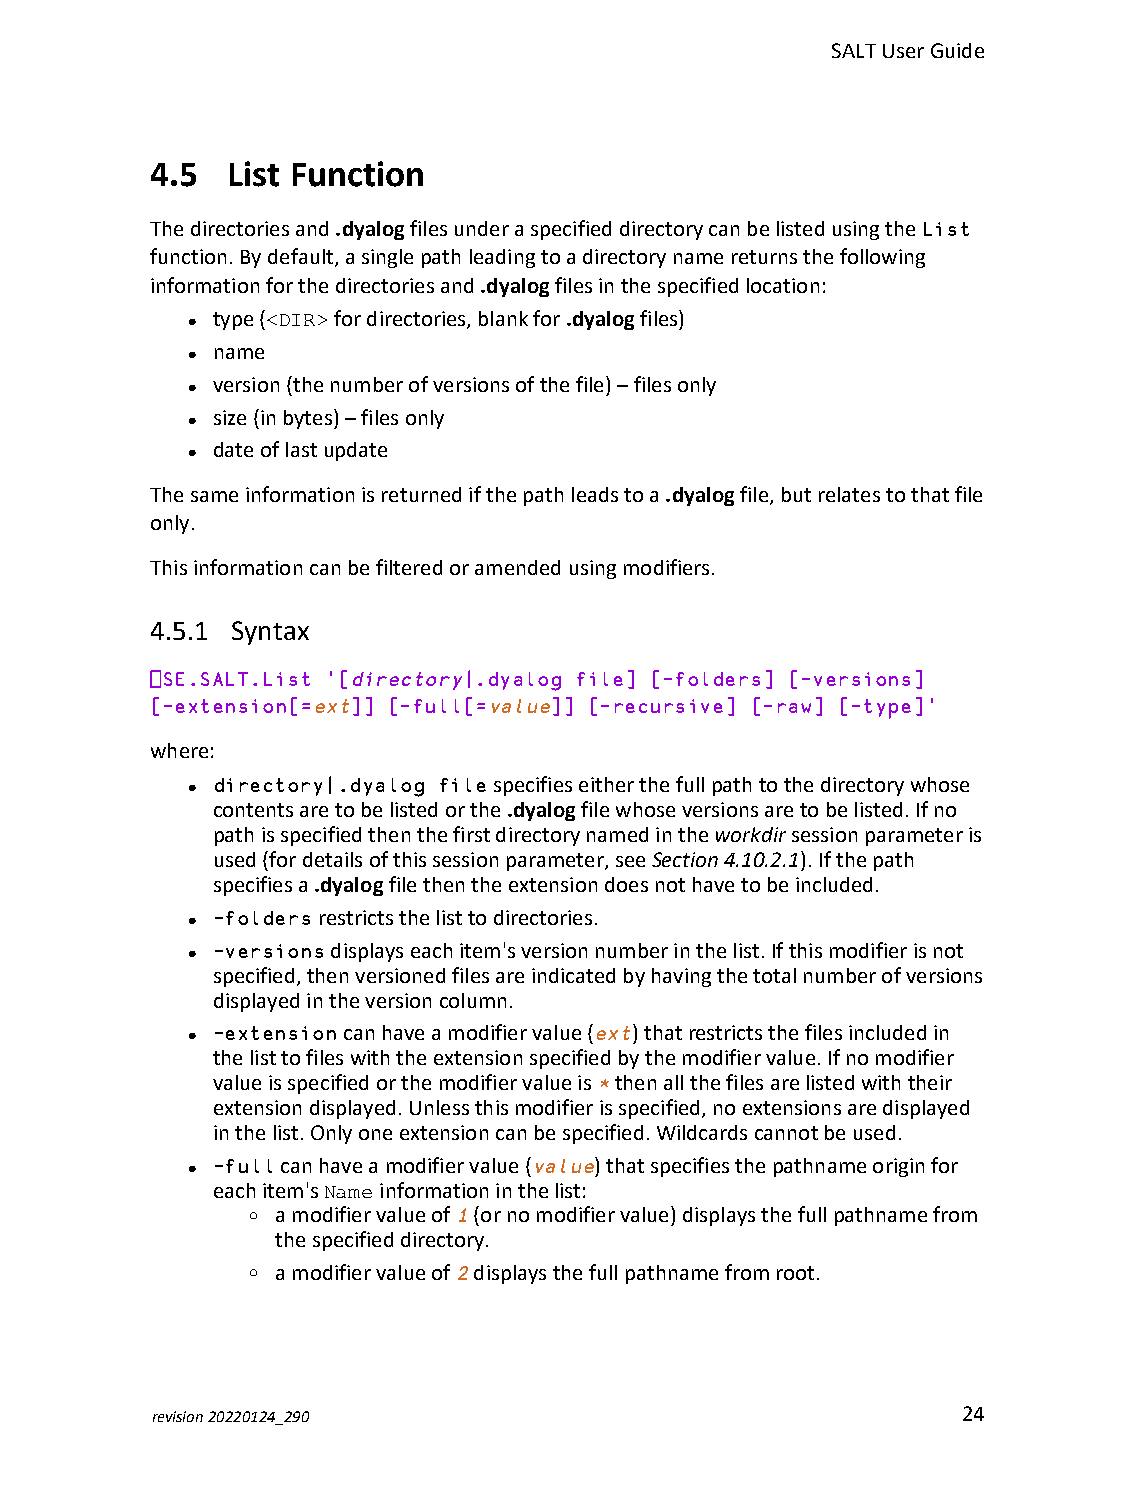
SALTUserGuide
 4.5  List Function
 Thedirectoriesand.dyalogfilesunderaspecifieddirectorycanbelistedusingtheList
 function.Bydefault,asinglepathleadingtoadirectorynamereturnsthefollowing
 informationforthedirectoriesand.dyalogfilesinthespecifiedlocation:
 type(<DIR>fordirectories,blankfor.dyalogfiles)
 l
 name
 l
 version(thenumberofversionsofthefile)–filesonly
 l
 size(inbytes)–filesonly
 l
 dateoflastupdate
 l
 Thesameinformationisreturnedifthepathleadstoa.dyalogfile,butrelatestothatfile
 only.
 Thisinformationcanbefilteredoramendedusingmodifiers.
 4.5.1 Syntax
 ⎕SE.SALT.List '[directory|.dyalog file] [-folders] [-versions]
 [-extension[=ext]] [-full[=value]] [-recursive] [-raw] [-type]'
 where:
 directory|.dyalog filespecifieseitherthefullpathtothedirectorywhose
 l
 contentsaretobelistedorthe.dyalogfilewhoseversionsaretobelisted.Ifno
 pathisspecifiedthenthefirstdirectorynamedintheworkdirsessionparameteris
 used(fordetailsofthissessionparameter,seeSection 4.10.2.1).Ifthepath
 specifiesa.dyalogfilethentheextensiondoesnothavetobeincluded.
 -foldersrestrictsthelisttodirectories.
 l
 -versionsdisplayseachitem'sversionnumberinthelist.Ifthismodifierisnot
 l
 specified,thenversionedfilesareindicatedbyhavingthetotalnumberofversions
 displayedintheversioncolumn.
 -extensioncanhaveamodifiervalue(ext)thatrestrictsthefilesincludedin
 l
 thelisttofileswiththeextensionspecifiedbythemodifiervalue.Ifnomodifier
 valueisspecifiedorthemodifiervalueis*thenallthefilesarelistedwiththeir
 extensiondisplayed.Unlessthismodifierisspecified,noextensionsaredisplayed
 inthelist.Onlyoneextensioncanbespecified.Wildcardscannotbeused.
 -fullcanhaveamodifiervalue(value)thatspecifiesthepathnameoriginfor
 l
 eachitem'sNameinformationinthelist:
 o amodifiervalueof1(ornomodifiervalue)displaysthefullpathnamefrom
 thespecifieddirectory.
 o amodifiervalueof2displaysthefullpathnamefromroot.
 revision20220124_290                                  24